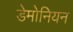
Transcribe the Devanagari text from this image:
डेमोनियन